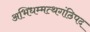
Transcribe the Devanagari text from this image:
अभिधम्मत्थगंठिपद